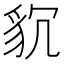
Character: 𮙧